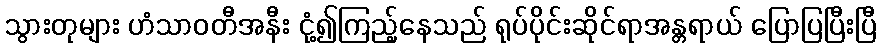
သွားတုများ ဟံသာဝတီအနီး ငုံ့၍ကြည့်နေသည် ရုပ်ပိုင်းဆိုင်ရာအန္တရာယ် ပြောပြပြီးပြီ